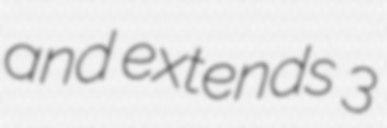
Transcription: and extends 3